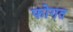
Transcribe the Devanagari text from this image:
फोगत